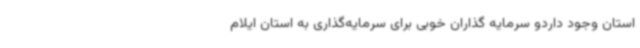
استان وجود داردو سرمایه گذاران خوبی برای سرمایه‌گذاری به استان ایلام